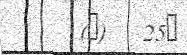
(@)   25?